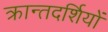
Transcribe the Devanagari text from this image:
क्रान्तदर्शियों